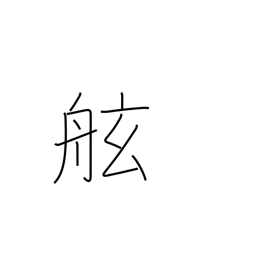
Meaning: gunwale